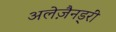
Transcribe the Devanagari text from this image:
अलेज़ैनड्रीं